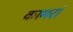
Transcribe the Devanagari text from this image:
कामरां